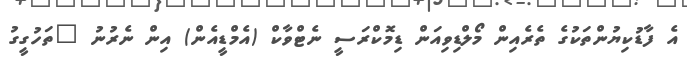
އެ ފާޑުކިޔުންތަކުގެ ތެރެއިން މޯލްޑިވިއަން ޑިމޮކްރަސީ ނެޓްވާކް (އެމްޑީއެން) އިން ނެރުނު "ތަހުގީގު